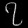
Digit: ၇